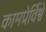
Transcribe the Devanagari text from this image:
कामप्रेर्विश्वे